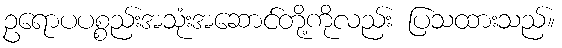
ဥရောပပစ္စည်းအသုံးအဆောင်တို့ကိုလည်း ပြသထားသည်။